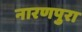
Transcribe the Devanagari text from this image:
नारणपुरा